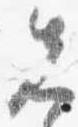
先